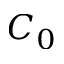
C _ { 0 }